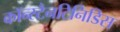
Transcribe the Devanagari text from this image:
कॉन्स्टैनटिनिडिस